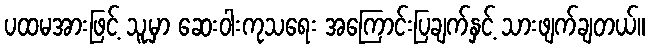
ပထမအားဖြင့် သူ့မှာ ဆေးဝါးကုသရေး အကြောင်းပြချက်နှင့် သားဖျက်ချတယ်။